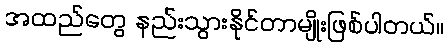
အထည်တွေ နည်းသွားနိုင်တာမျိုးဖြစ်ပါတယ်။